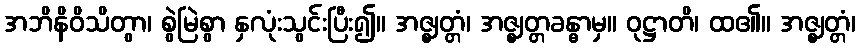
အဘိနိဝိသိတွာ၊ စွဲမြဲစွာ နှလုံးသွင်းပြီး၍။ အဇ္ဈတ္တံ၊ အဇ္ဈတ္တခန္ဓာမှ။ ဝုဋ္ဌာတိ၊ ထ၏။ အဇ္ဈတ္တံ၊